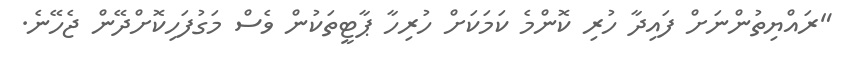
"ރައްޔިތުންނަށް ފައިދާ ހުރި ކޮންމެ ކަމަކަށް ހުރިހާ ޕާޓީތަކުން ވެސް މަގުފަހިކޮށްދޭން ޖެހޭނެ.